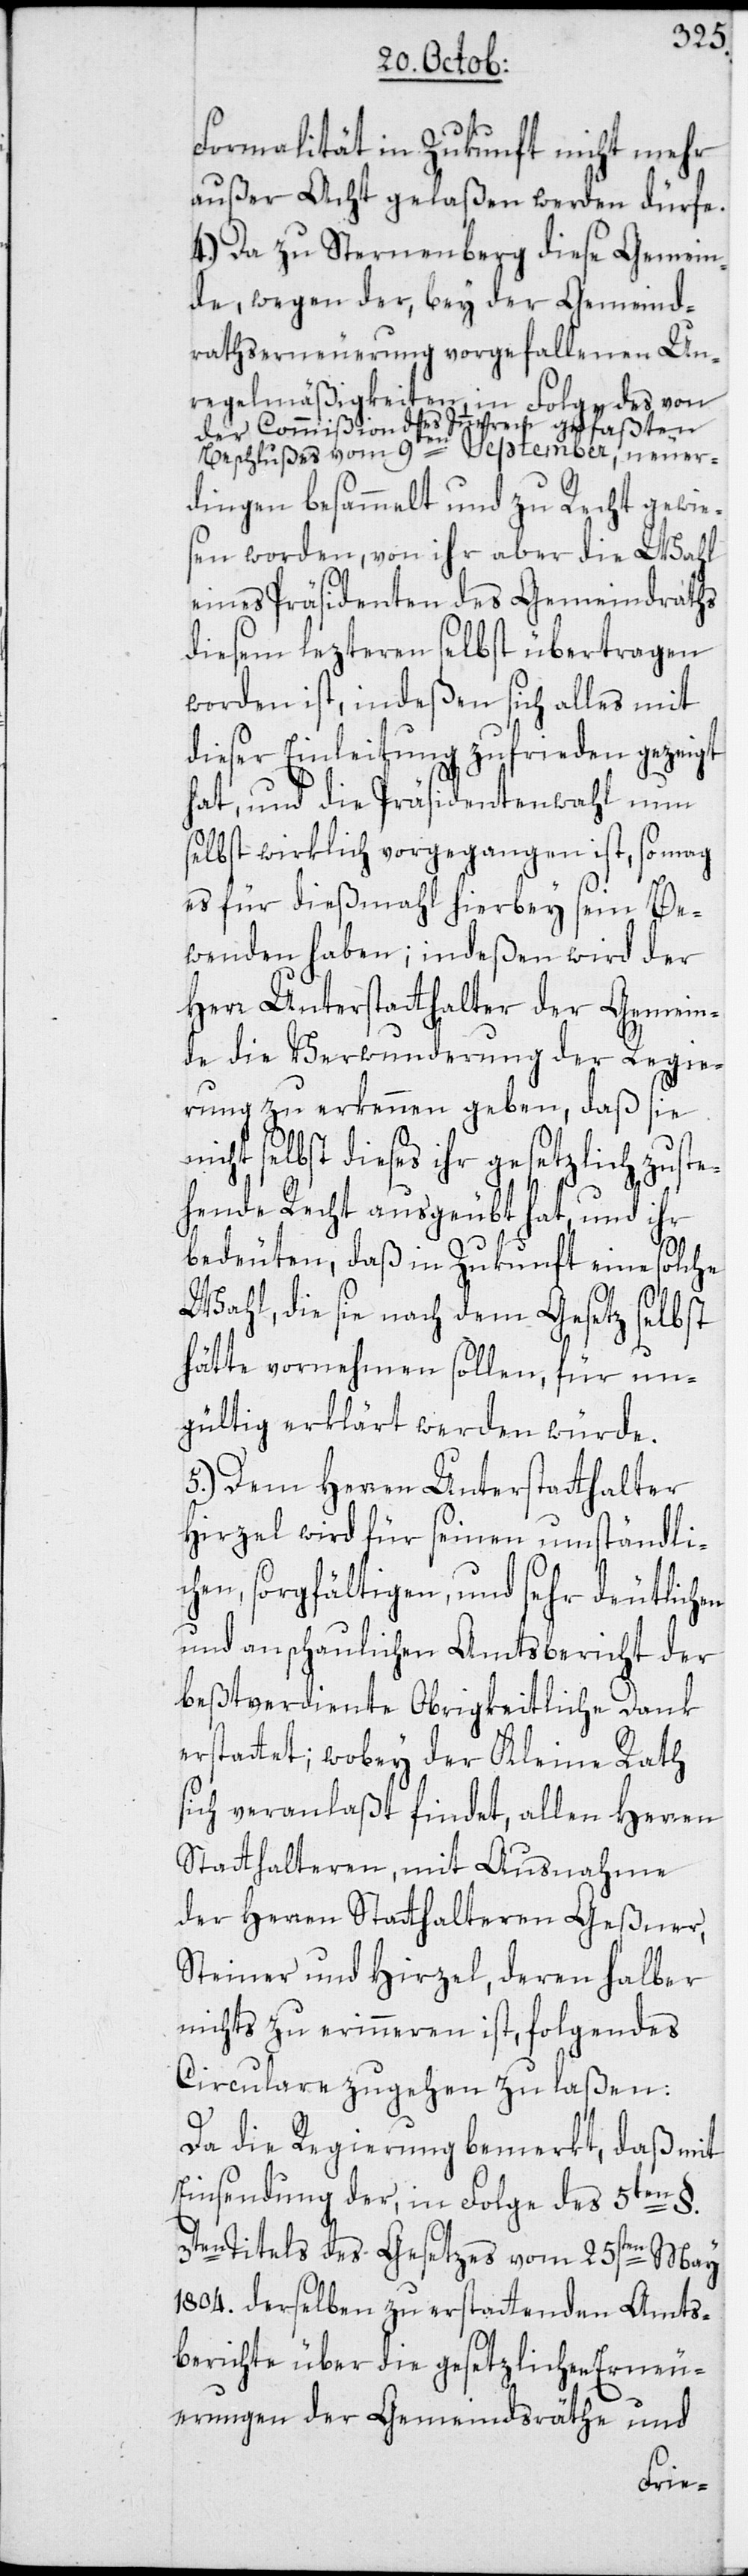
Formalität in Zukunft nicht mehr
außer Acht gelaßen werden dürfe.
4.) Da zu Sternenberg diese Gemein¬
de, wegen der, bey der Gemeind¬
rathserneuerung vorgefallenen Un¬
regelmäßigkeiten, in Folge des von
der Commißion des Inneren gefaßten
Beschlußes vom 9ten September, neuer¬
dingen besammelt und zu Recht gewie¬
sen worden, von ihr aber die Wahl
eines Präsidenten des Gemeindraths
diesem lezteren selbst übertragen
worden ist, indeßen sich alles mit
dieser Einleitung zufrieden gezeigt
hat, und die Präsidentenwahl nun
selbst wirklich vorgegangen ist, so mag
es für dießmahl hierbey sein Be¬
wenden haben; indeßen wird der
Herr Unterstatthalter der Gemein¬
de die Verwunderung der Regie¬
rung zu erkennen geben, daß sie
nicht selbst dieses ihr gesetzlich zuste¬
hende Recht ausgeübt hat, und ihr
bedeuten, daß in Zukunft eine solche
Wahl, die sie nach dem Gesetz selbst
hätte vornehmen sollen, für un¬
gültig erklärt werden würde.
5.) Dem Herren Unterstatthalter
Hirzel wird für seinen umständli¬
chen, sorgfältigen, und sehr deutlichen
und anschaulichen Amtsbericht der
beßtverdiente Obrigkeitliche Dank
erstattet; wobey der Kleine Rath
sich veranlaßt findet, allen Herren
Statthalteren, mit Ausnahme
der Herren Statthalteren Geßner,
Steiner und Hirzel, deren halber
nichts zu erinneren ist, folgendes
Circulare zugehen zu laßen:
Da die Regierung bemerkt, daß mit
Einsendung der, in Folge des 5ten §.
3ten Titels des Gesetzes vom 25sten May
1804. derselben zu erstattenden Amts¬
berichte über die gesetzlichen Erneu¬
erungen der Gemeindsräthe und